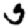
Digit: 5